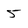
Character: 5